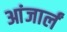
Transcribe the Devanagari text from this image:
आंजार्लं